Vaccination in Bombay 1913-1923 - 1913-1923
Year: 1913
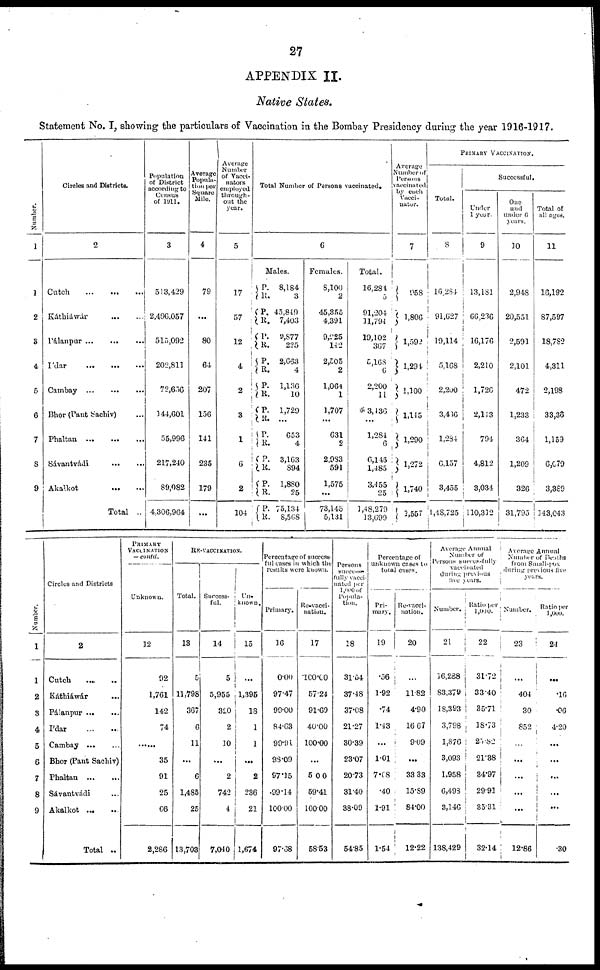
27
APPENDIX II.
Native States.
Statement No. I, showing the particulars of Vaccination in the Bombay Presidency during the year 1916-1917.
Number.
1
1
2
3
4
5
6
7
8
9
Circles and Districts.
2
Cutch
...
...
...
Káthiáwár
...
...
Pálanpur
...
...
...
Ídar
...
...
...
Cambay ... ... ...
Bhor (Pant Sachiv) ...
Phaltan
...
...
...
Sávantvádi
...
...
Akalkot
...
...
Total ..
Population
of District
according to
Census
of 1911.
3
513,429
2,496,057
515,092
202,811
72,656
144,601
55,996
217,240
89,082
4,306,964
Average
Popula-
tion per
Square
Mile.
4
79
...
80
64
207
156
141
235
179
...
Average
Number
of Vacci-
nators
employed
through-
out the
year.
5
17
57
12
4
2
3
1
6
2
104
Total Number of Persons vaccinated.
6
Males.
P.
R.
P.
R.
P.
R.
P.
R.
P.
R.
P.
R.
P.
R.
P.
R.
P.
R.
P.
R.
8,184
3
45,849
7,403
9,877
225
2,663
4
1,136
10
1,729
...
653
4
3,163
894
1,880
25
75,134
8,568
Females.
8,100
2
45,355
4,391
9,225
142
2,505
2
1,064
1
1,707
...
631
2
2,983
591
1,575
...
73,145
5,131
Total.
16,284
5
91,204
11,794
19,102
367
5,168
6
2,200
11
3,436
...
1,284
6
6,146
1,485
3,455
25
1,48,279
13,699
Average
Number of
Persons
vaccinated
by each
Vacci-
nator.
7
958
1,806
1,592
1,294
1,100
1,145
1,290
1,272
1,740
1,557
PRIMARY VACCINATION.
Total.
8
16,284
91,627
19,114
5,168
2,200
3,436
1,284
6,157
3,455
1,48,725
Successful.
Under
1 year.
9
13,181
66,236
16,176
2,210
1,726
2,143
794
4,812
3,034
110,312
One
and
under 6
years.
10
2,948
20,551
2,591
2,101
472
1,233
364
1,209
326
31,795
Total of
all ages.
11
16,192
87,597
18,782
4,311
2,198
33,36
1,159
6,679
3,389
143,043
Number.
1
1
2
3
4
5
6
7
8
9
Circles and Districts
2
Cutch
...
...
Káthiáwár ...
Pálanpur
...
...
Ídar
...
...
Cambay
...
...
Bhor (Pant Sachiv)
Phaltan
...
...
Sávantvádi ...
Akalkot
...
...
Total ..
PRIMARY
VACCINATION
— contd.
Unknown.
12
92
1,761
142
74
......
35
91
25
66
2,286
RE-VACCINATION.
Total.
13
5
11,798
367
6
11
...
6
1,485
25
13,703
Success-
ful.
14
5
5,955
320
2
10
...
2
742
1
7,040
Un-
known.
15
...
1,395
18
1
1
...
2
236
21
1,674
Percentage of success-
ful cases in which the
results were known.
Primary.
16
0.00
97.47
99.00
84.63
99.94
98.09
97.15
99.14
100.00
97.68
Re-vacci-
nation.
17
100.00
57.21
91.69
40.00
100.00
...
5.00
59.41
100.00
58.53
Persons
success-
fully vacci-
nated per
1,000 of
Popula-
tion.
18
31.54
37.48
37.08
21.27
30.39
23.07
20.73
31.40
38.09
54.85
Percentage of
unknown cases to
total cases.
Pri-
mary.
19
.56
1.92
74
1.43
...
1.01
7.08
.40
1.91
1.54
Re-vacci-
nation.
20
...
11.82
4.90
16.67
9.09
...
33.33
15.89
84.00
12.22
Average Annual
Number of
Persons successfully
vaccinated
during previous
five years.
Number.
21
16,288
83,379
18,393
3,798
1,876
3,093
1,958
6,493
3,146
138,429
Ratio per
1,000.
22
31.72
33.40
35.71
18.73
25.82
21.38
34.97
29.91
35.31
32.14
Average Annual
Number
of Deaths
from Small-pox
during
previous five
years.
Number.
23
...
404
30
852
...
...
...
...
...
12.86
Ratio per
1,000.
24
...
.16
.06
4.20
...
...
...
...
...
.30